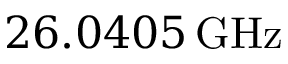
2 6 . 0 4 0 5 \, \mathrm { G H z }